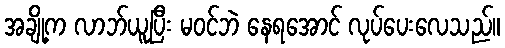
အချို့က လာဘ်ယူပြီး မဝင်ဘဲ နေရအောင် လုပ်ပေးလေသည်။